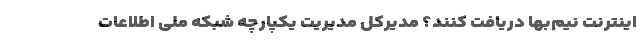
اینترنت نیم‌بها دریافت کنند؟ مدیرکل مدیریت یکپارچه شبکه‌ ملی اطلاعات